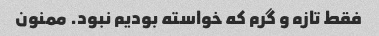
فقط تازه و گرم که خواسته بودیم نبود. ممنون